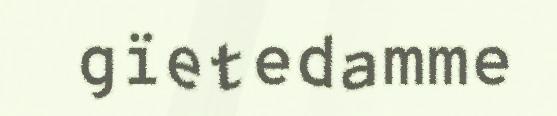
gïetedamme